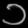
Digit: ၁